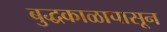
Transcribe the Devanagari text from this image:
बुद्धकाळापासून